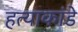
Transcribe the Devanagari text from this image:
हत्याकांडे